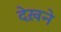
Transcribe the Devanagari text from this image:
देख़ने